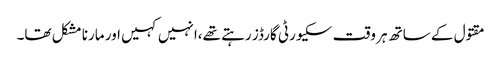
مقتول کے ساتھ ہر وقت سکیورٹی گارڈز رہتے تھے،انہیں کہیں اور مارنا مشکل تھا۔